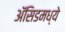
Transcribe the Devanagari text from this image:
ॲसिडमध्ये